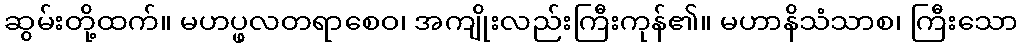
ဆွမ်းတို့ထက်။ မဟပ္ဖလတရာစေဝ၊ အကျိုးလည်းကြီးကုန်၏။ မဟာနိသံသာစ၊ ကြီးသော